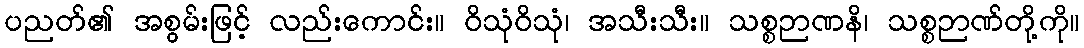
ပညတ်၏ အစွမ်းဖြင့် လည်းကောင်း။ ဝိသုံဝိသုံ၊ အသီးသီး။ သစ္စဉာဏနိ၊ သစ္စဉာဏ်တို့ကို။